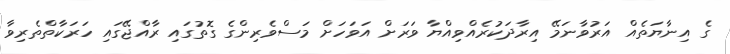
ގެ އިނާޔަތެއް އަރުވާނަމޭ އިރާދަކުރެއްވިއްޔާ ވަރަށް އަވަހަށް މަސްވެރިންގެ ގޮތުގައި ރާއްޖޭގައި ހަރަކާތްތެރިވާ